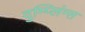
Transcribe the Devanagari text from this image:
दुम्प्लिंग्स